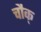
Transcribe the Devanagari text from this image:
चौक्